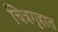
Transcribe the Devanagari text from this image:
चित्रगृहात